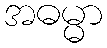
အဓမ္မာ